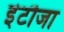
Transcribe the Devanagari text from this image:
इंटौजा